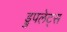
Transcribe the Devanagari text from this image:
ड्रुपलेट्स